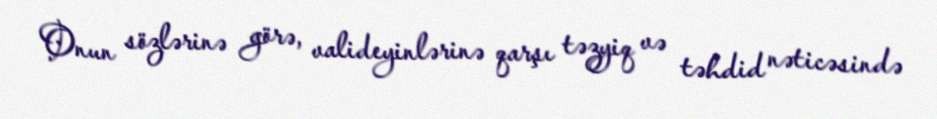
Onun sözlərinə görə, valideyinlərinə qarşı təzyiq və təhdid nəticəsində